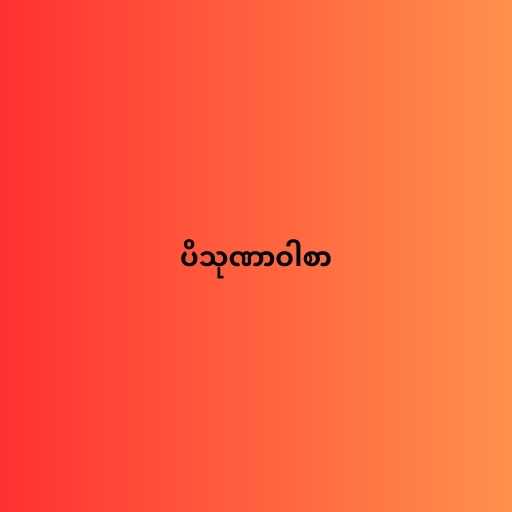
ပိသုဏာဝါစာ